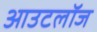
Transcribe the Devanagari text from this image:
आउटलॉज